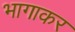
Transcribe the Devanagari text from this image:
भागाकर